Problem: 2 × 8 = ?
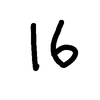
Handwritten answer: 16